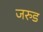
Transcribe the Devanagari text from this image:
जरुड